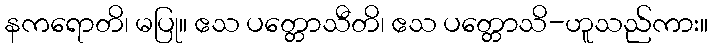
နကရောတိ၊ မပြု။ ဧသ ပတ္တောသီတိ၊ ဧသ ပတ္တောသိ-ဟူသည်ကား။